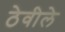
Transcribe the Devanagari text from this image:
ठेवीले